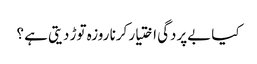
کیا بےپردگی اختیار کرنا روزہ توڑ دیتی ہے ؟